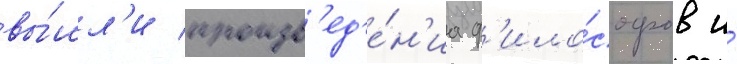
вы́шл'и произв'ед'е́н'иа ф'ило́софов и́